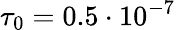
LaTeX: \tau_{0}=0.5\cdot 10^{-7}